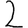
Digit: 2